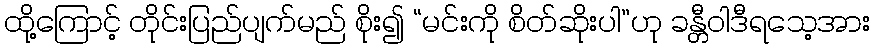
ထို့ကြောင့် တိုင်းပြည်ပျက်မည် စိုး၍ “မင်းကို စိတ်ဆိုးပါ”ဟု ခန္တီဝါဒီရသေ့အား